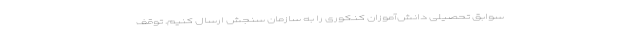
سوابق تحصیلی دانش‌آموزان کنکوری را به سازمان سنجش ارسال کنیم. توقف